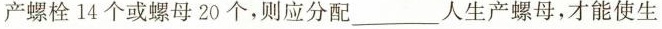
产螺栓l4个或螺母20个，则应分配___人生产螺母，才能使生